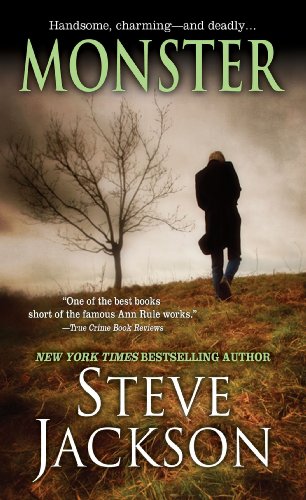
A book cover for Monster; Steve Jackson; Biographies & Memoirs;